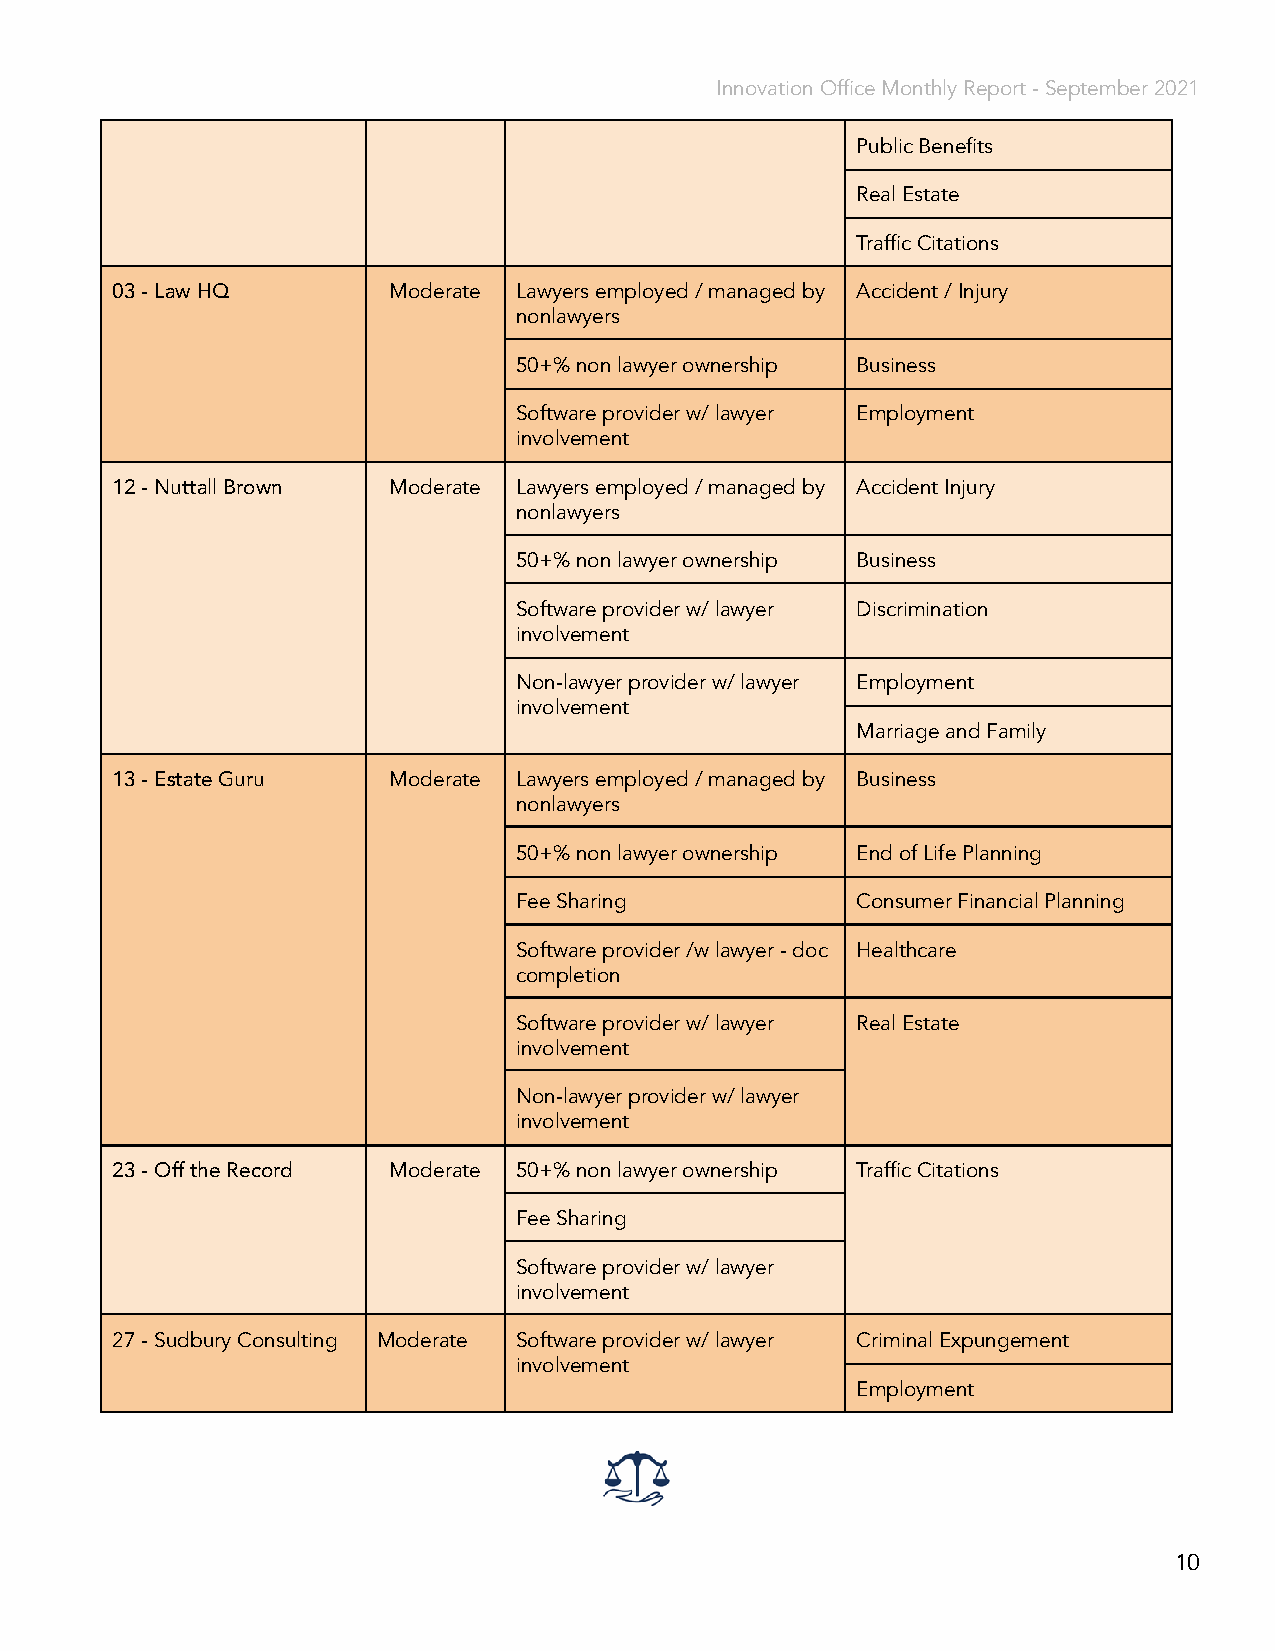
Innovation Office Monthly Report - September 2021
 Public Benefits
 Real Estate
 Traffic Citations
 03 - Law HQ        Moderate Lawyers employed / managed by Accident / Injury
 nonlawyers
 50+% non lawyer ownership Business
 Software provider w/ lawyer Employment
 involvement
 12 - Nuttall Brown Moderate Lawyers employed / managed by Accident Injury
 nonlawyers
 50+% non lawyer ownership Business
 Software provider w/ lawyer Discrimination
 involvement
 Non-lawyer provider w/ lawyer Employment
 involvement
 Marriage and Family
 13 - Estate Guru   Moderate Lawyers employed / managed by Business
 nonlawyers
 50+% non lawyer ownership End of Life Planning
 Fee Sharing            Consumer Financial Planning
 Software provider /w lawyer - doc Healthcare
 completion
 Software provider w/ lawyer Real Estate
 involvement
 Non-lawyer provider w/ lawyer
 involvement
 23 - Off the Record Moderate 50+% non lawyer ownership Traffic Citations
 Fee Sharing
 Software provider w/ lawyer
 involvement
 27 - Sudbury Consulting Moderate Software provider w/ lawyer Criminal Expungement
 involvement
 Employment
 10